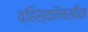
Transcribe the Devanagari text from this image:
व्हिस्कॉनसीन